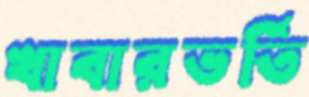
খাবারভর্তি